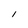
Character: I